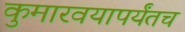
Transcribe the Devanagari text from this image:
कुमारवयापर्यंतच